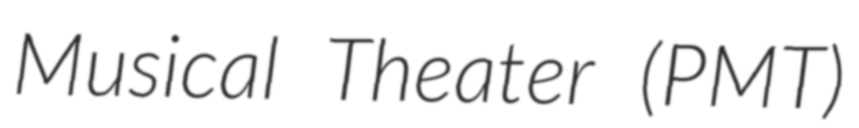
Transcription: Musical Theater (PMT)